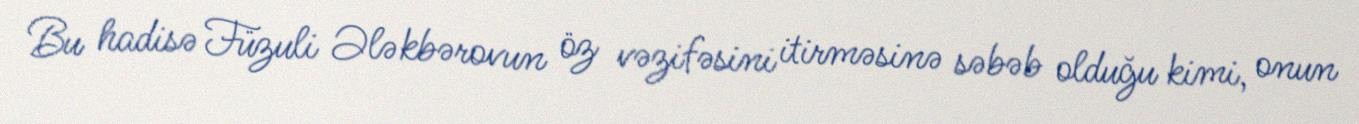
Bu hadisə Füzuli Ələkbərovun öz vəzifəsini itirməsinə səbəb olduğu kimi, onun